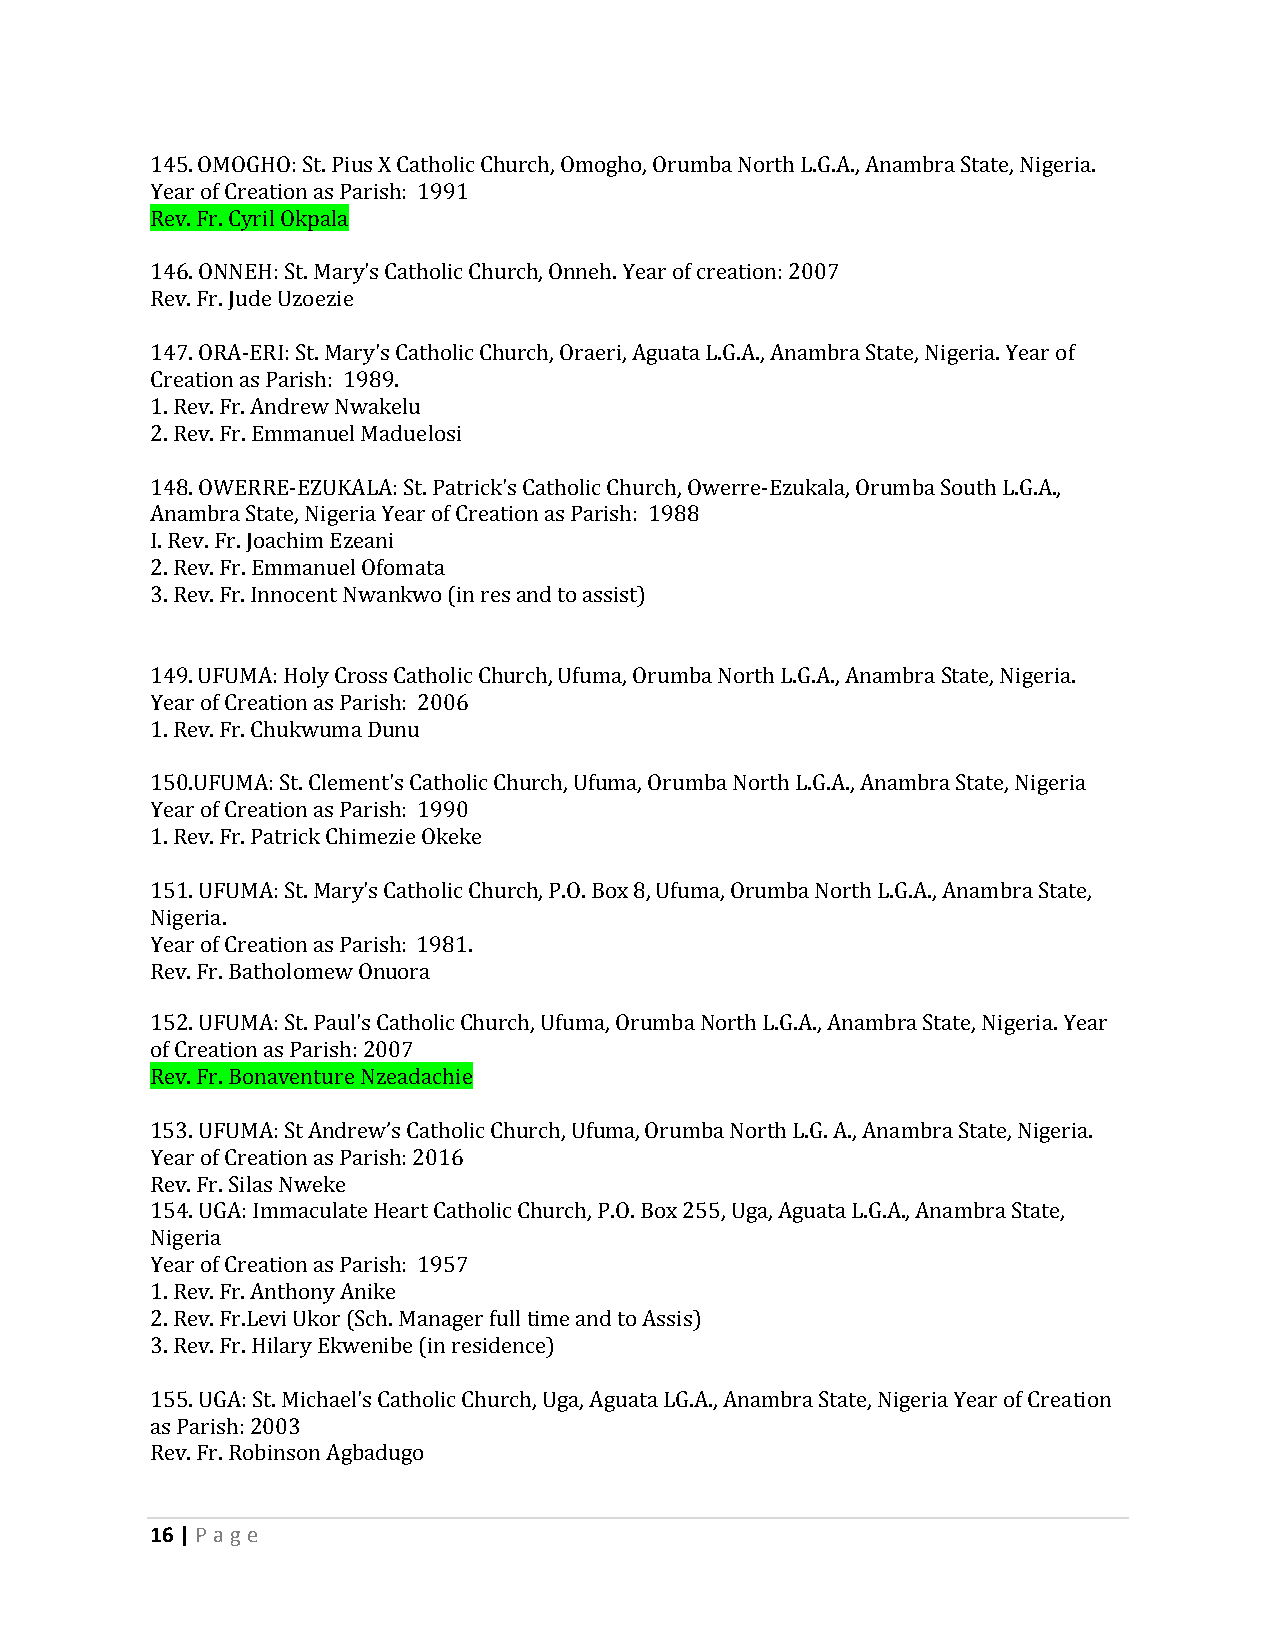
145. OMOGHO: St. Pius X Catholic Church, Omogho, Orumba North L.G.A., Anambra State, Nigeria.
 Year of Creation as Parish: 1991
 Rev. Fr. Cyril Okpala
 146. ONNEH: St. Mary's Catholic Church, Onneh. Year of creation: 2007
 Rev. Fr. Jude Uzoezie
 147. ORA-ERI: St. Mary's Catholic Church, Oraeri, Aguata L.G.A., Anambra State, Nigeria. Year of
 Creation as Parish: 1989.
 1. Rev. Fr. Andrew Nwakelu
 2. Rev. Fr. Emmanuel Maduelosi
 148. OWERRE-EZUKALA: St. Patrick's Catholic Church, Owerre-Ezukala, Orumba South L.G.A.,
 Anambra State, Nigeria Year of Creation as Parish: 1988
 I. Rev. Fr. Joachim Ezeani
 2. Rev. Fr. Emmanuel Ofomata
 3. Rev. Fr. Innocent Nwankwo (in res and to assist)
 149. UFUMA: Holy Cross Catholic Church, Ufuma, Orumba North L.G.A., Anambra State, Nigeria.
 Year of Creation as Parish: 2006
 1. Rev. Fr. Chukwuma Dunu
 150.UFUMA: St. Clement's Catholic Church, Ufuma, Orumba North L.G.A., Anambra State, Nigeria
 Year of Creation as Parish: 1990
 1. Rev. Fr. Patrick Chimezie Okeke
 151. UFUMA: St. Mary's Catholic Church, P.O. Box 8, Ufuma, Orumba North L.G.A., Anambra State,
 Nigeria.
 Year of Creation as Parish: 1981.
 Rev. Fr. Batholomew Onuora
 152. UFUMA: St. Paul's Catholic Church, Ufuma, Orumba North L.G.A., Anambra State, Nigeria. Year
 of Creation as Parish: 2007
 Rev. Fr. Bonaventure Nzeadachie
 153. UFUMA: St Andrew’s Catholic Church, Ufuma, Orumba North L.G. A., Anambra State, Nigeria.
 Year of Creation as Parish: 2016
 Rev. Fr. Silas Nweke
 154. UGA: Immaculate Heart Catholic Church, P.O. Box 255, Uga, Aguata L.G.A., Anambra State,
 Nigeria
 Year of Creation as Parish: 1957
 1. Rev. Fr. Anthony Anike
 2. Rev. Fr.Levi Ukor (Sch. Manager full time and to Assis)
 3. Rev. Fr. Hilary Ekwenibe (in residence)
 155. UGA: St. Michael's Catholic Church, Uga, Aguata LG.A., Anambra State, Nigeria Year of Creation
 as Parish: 2003
 Rev. Fr. Robinson Agbadugo
 16 | P age